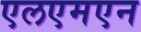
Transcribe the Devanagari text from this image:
एलएमएन